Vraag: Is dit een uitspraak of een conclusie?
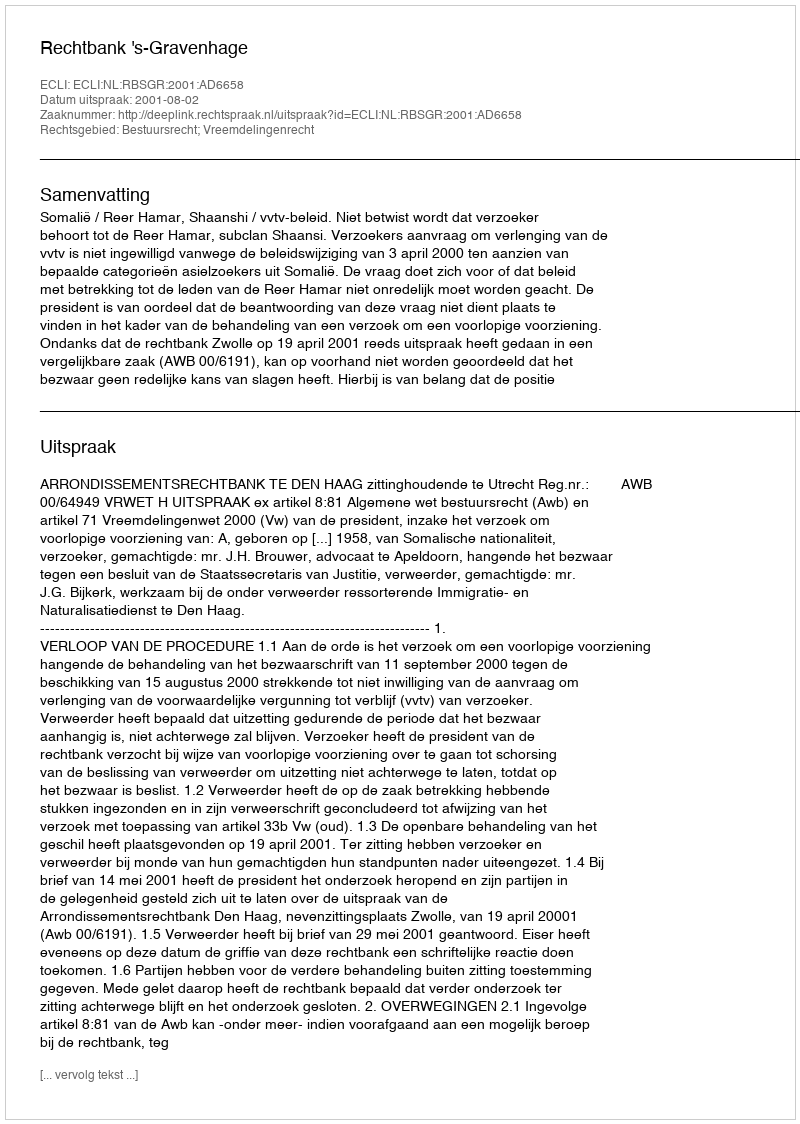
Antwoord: Uitspraak